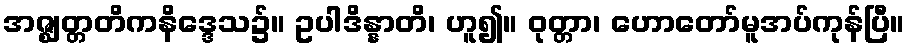
အဇ္ဈတ္တတိကနိဒ္ဒေသ၌။ ဥပါဒိန္နာတိ၊ ဟူ၍။ ဝုတ္တာ၊ ဟောတော်မူအပ်ကုန်ပြီ။